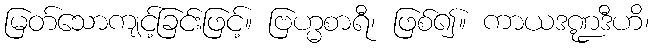
မြတ်သောကျင့်ခြင်းဖြင့်။ ဗြဟ္မစာရီ၊ ဖြစ်၍။ ကာယဒဏ္ဍဒီဟိ၊